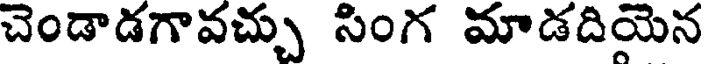
చెండాడగావచ్చు సింగ మాడదియెన